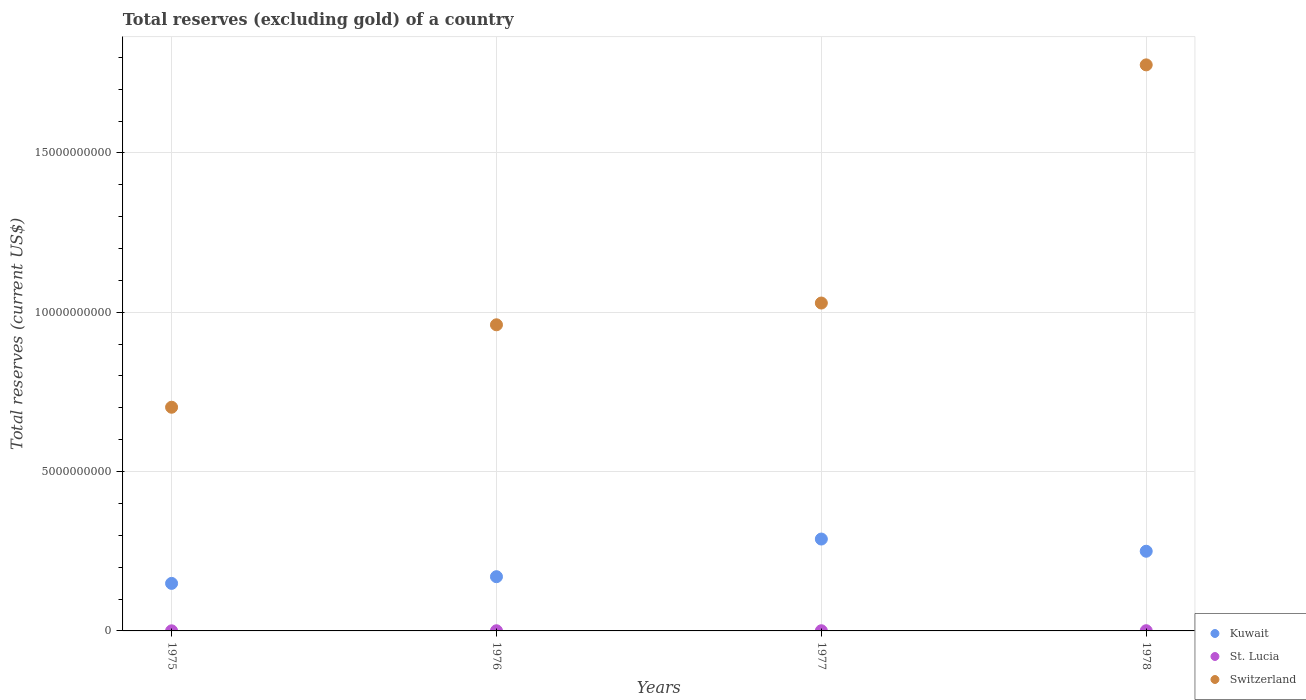
| Years | Kuwait | St. Lucia | Switzerland |
 | --- | --- | --- | --- |
 | 1975 | 1.49e+09 | 3.24e+06 | 7.02e+09 |
 | 1976 | 1.7e+09 | 5.19e+06 | 9.61e+09 |
 | 1977 | 2.88e+09 | 5.65e+06 | 1.03e+10 |
 | 1978 | 2.5e+09 | 6.76e+06 | 1.78e+10 |